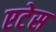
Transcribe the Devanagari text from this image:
एटेस